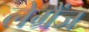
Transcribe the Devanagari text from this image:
लेग्रैंज